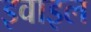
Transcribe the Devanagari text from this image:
इवाइल